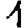
Digit: 1